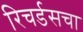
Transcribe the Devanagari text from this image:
रिचर्डसचा